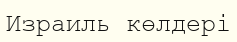
Израиль көлдері